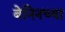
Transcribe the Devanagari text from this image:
बेनिनच्या